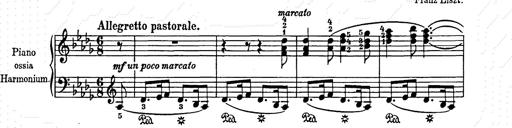
Title: Weihnachtsbaum
Composer: Franz Liszt